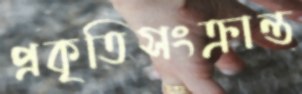
প্রকৃতিসংক্রান্ত